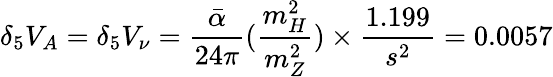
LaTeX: \delta_{5}V_{A}=\delta_{5}V_{\nu}=\frac{\bar{\alpha}}{24\pi}(\frac{m_{H}^{2}}{m_{Z}^{2}})\times\frac{1.199}{s^{2}}=0.0057